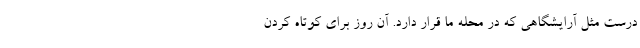
درست مثل آرایشگاهی که در محله ما قرار دارد. آن روز برای کوتاه کردن